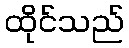
ထိုင်သည်